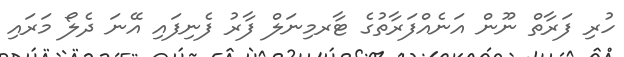
ހުރި ފަރާތް ނޫން އަނެއްފަރާތުގެ ޓާރމިނަލް ފާރު ފެނިފައި އޭނަ ދެލޯ މަރައި